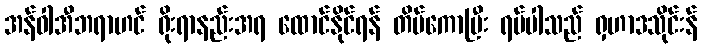
အန်ဝါအီဘရာဟင် ရိုးရာနည်းအရ ထောင်နိုင်ရန် တိမ်ကောပြီး ရပ်ပါသည် ရှဟာဒသိုင်းန်